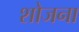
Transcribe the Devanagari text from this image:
शोजना